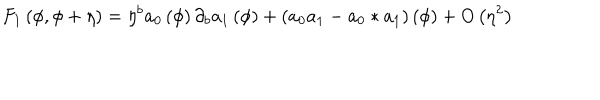
F _ { 1 } \left( \phi , \phi + \eta \right) = \eta ^ { b } a _ { 0 } \left( \phi \right) \partial _ { b } a _ { 1 } \left( \phi \right) + \left( a _ { 0 } a _ { 1 } - a _ { 0 } \ast a _ { 1 } \right) \left( \phi \right) + O \left( \eta ^ { 2 } \right)